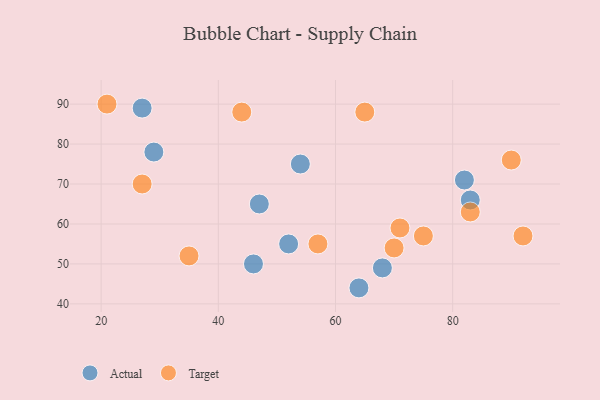
{"axis": {"x": "GDP", "y": "Life Expectancy"}, "legend": ["Actual", "Target"], "data": [{"x": "29", "y": 78, "type": "Actual"}, {"x": "46", "y": 50, "type": "Actual"}, {"x": "52", "y": 55, "type": "Actual"}, {"x": "83", "y": 66, "type": "Actual"}, {"x": "82", "y": 71, "type": "Actual"}, {"x": "54", "y": 75, "type": "Actual"}, {"x": "64", "y": 44, "type": "Actual"}, {"x": "68", "y": 49, "type": "Actual"}, {"x": "27", "y": 89, "type": "Actual"}, {"x": "47", "y": 65, "type": "Actual"}, {"x": "92", "y": 57, "type": "Target"}, {"x": "57", "y": 55, "type": "Target"}, {"x": "35", "y": 52, "type": "Target"}, {"x": "75", "y": 57, "type": "Target"}, {"x": "70", "y": 54, "type": "Target"}, {"x": "44", "y": 88, "type": "Target"}, {"x": "83", "y": 63, "type": "Target"}, {"x": "71", "y": 59, "type": "Target"}, {"x": "21", "y": 90, "type": "Target"}, {"x": "27", "y": 70, "type": "Target"}, {"x": "90", "y": 76, "type": "Target"}, {"x": "65", "y": 88, "type": "Target"}]}